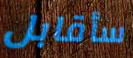
سأقابل